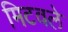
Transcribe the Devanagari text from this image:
मिटवले